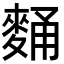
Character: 𪌻